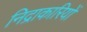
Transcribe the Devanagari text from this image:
निद्राकारियों